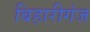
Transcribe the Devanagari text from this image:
बिहारीगंज